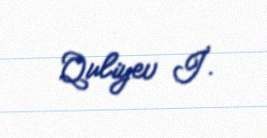
Quliyev İ.